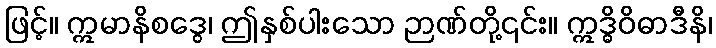
ဖြင့်။ ဣမာနိစဒွေ၊ ဤနှစ်ပါးသော ဉာဏ်တို့၎င်း။ ဣဒ္ဓိဝိဓာဒီနိ၊